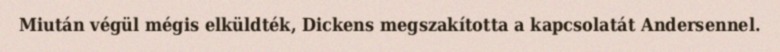
Miután végül mégis elküldték, Dickens megszakította a kapcsolatát Andersennel.